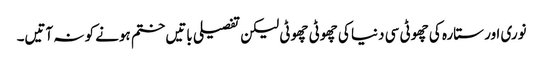
نوری اور ستارہ کی چھوٹی سی دنیا کی چھوٹی چھوٹی لیکن تفصیلی باتیں ختم ہونے کو نہ آتیں۔